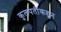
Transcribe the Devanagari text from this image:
कुलपतींकडून